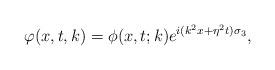
LaTeX: \begin{align*}\varphi(x,t,k)=\phi(x,t;k)e^{i(k^2x+\eta^2t)\sigma_3}, \end{align*}